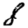
Digit: 8